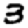
Digit: 3